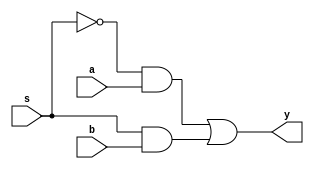
module mux21_gate(a,b,s,y);
input a,b,s;
output y;
wire w1,w2,w3;
not n1(w1,s);
and a1(w2,w1,a);
and a2(w3,s,b);
or r1(y,w2,w3);
endmodule
///////////////////////////////////////////////////////////////////////////////////
///////////////////////TEST BENCH//////////////////////////////////////////////////
module mux21_gate_tb();
reg a,b,s;
wire y; 
mux21_gate m(a,b,s,y);
initial
	begin
		s=0; a=1; b=0;
#10	s=1; a=0; b=1;
#10
$stop;
end
endmodule